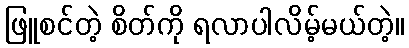
ဖြူစင်တဲ့ စိတ်ကို ရလာပါလိမ့်မယ်တဲ့။